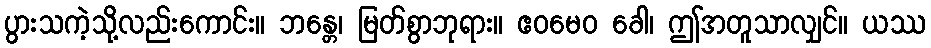
ပွားသကဲ့သို့လည်းကောင်း။ ဘန္တေ၊ မြတ်စွာဘုရား။ ဧဝမေဝ ခေါ၊ ဤအတူသာလျှင်။ ယဿ